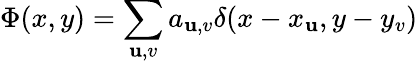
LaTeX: \Phi(x,y)=\sum_{\mathbf{u},v}a_{\mathbf{u},v}\delta(x-x_{\mathbf{u}},y-y_{v})